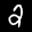
Label: 2